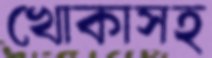
খোকাসহ